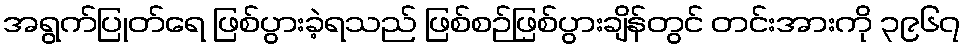
အရွက်ပြုတ်ရေ ဖြစ်ပွားခဲ့ရသည် ဖြစ်စဉ်ဖြစ်ပွားချိန်တွင် တင်းအားကို ၃၉၆၇